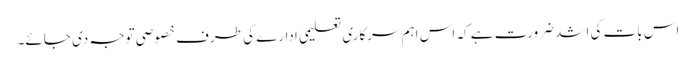
اس بات کی اشد ضرورت ہے کہ اس اہم سرکاری تعلیمی ادارے کی طرف خصوصی توجہ دی جائے۔